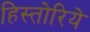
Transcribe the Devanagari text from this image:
हिस्तोरिये